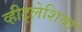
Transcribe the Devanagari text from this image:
व्हीट्लेशिया